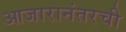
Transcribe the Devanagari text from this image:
आजारानंतरची